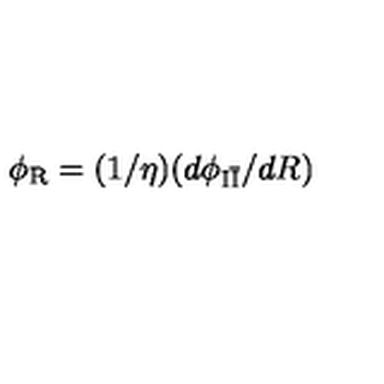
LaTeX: \phi _ { \mathrm { R } } = ( 1 / \eta ) ( d \phi _ { \mathrm { I \bar { I } } } / d R )